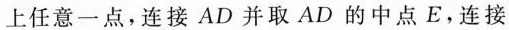
上任意一点，连接AD并取AD的中点E。连接